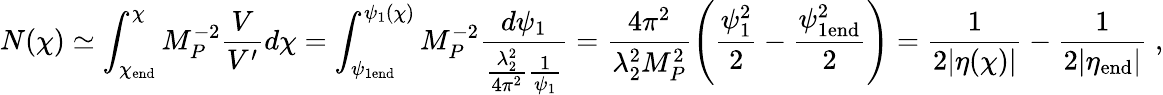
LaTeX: N(\chi)\simeq\int_{\chi_{\mathrm{end}}}^{\chi}M_{P}^{-2}\frac{V}{V^{\prime}}d\chi=\int_{\psi_{1\mathrm{end}}}^{\psi_{1}(\chi)}M_{P}^{-2}\frac{d\psi_{1}}{\frac{\lambda_{2}^{2}}{4\pi^{2}}\frac{1}{\psi_{1}}}=\frac{4\pi^{2}}{\lambda_{2}^{2}M_{P}^{2}}\left(\frac{\psi_{1}^{2}}{2}-\frac{\psi_{1\mathrm{end}}^{2}}{2}\right)=\frac{1}{2|\eta(\chi)|}-\frac{1}{2|\eta_{\mathrm{end}}|}\; ,